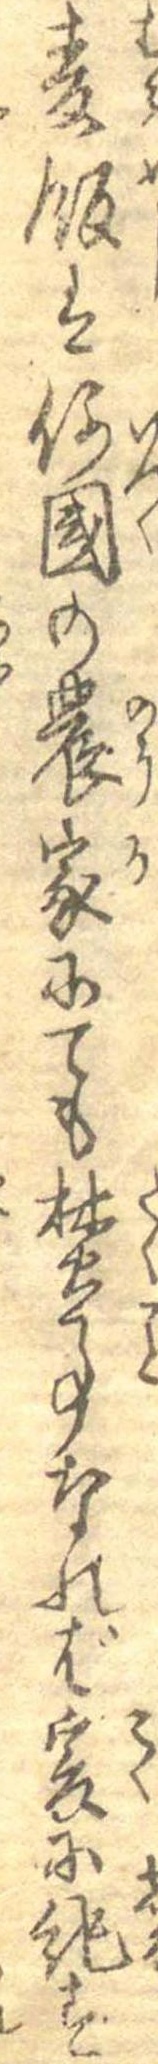
麦飯は何国の農家にても焚事なれば爰に記す